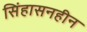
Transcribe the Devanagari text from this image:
सिंहासनहीन